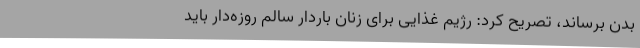
بدن برساند، تصریح کرد: رژیم غذایی برای زنان باردار سالم روزه‌دار باید